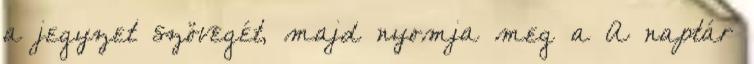
a jegyzet szövegét, majd nyomja meg a A naptár